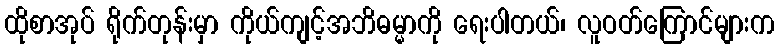
ထိုစာအုပ် ရိုက်တုန်းမှာ ကိုယ်ကျင့်အဘိဓမ္မာကို ရေးပါတယ်၊ လူဝတ်ကြောင်များက